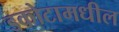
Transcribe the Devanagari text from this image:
डकोटामधील